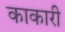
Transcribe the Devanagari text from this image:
काकारी